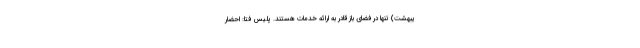
یبهشت) تنها در فضای باز قادر به ارائه خدمات هستند. پلیس فتا: احضار